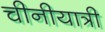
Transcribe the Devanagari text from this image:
चीनीयात्री